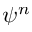
\psi ^ { n }